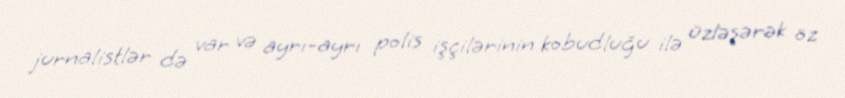
jurnalistlər də var və ayrı-ayrı polis işçilərinin kobudluğu ilə üzləşərək öz